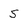
Character: s